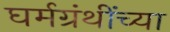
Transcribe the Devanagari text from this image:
घर्मग्रंथींच्या